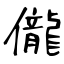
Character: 儱